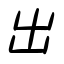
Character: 出